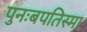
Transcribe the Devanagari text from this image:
पुनःबपतिस्मा